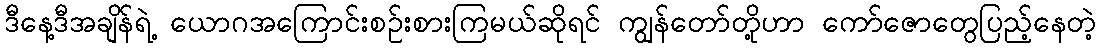
ဒီနေ့ဒီအချိန်ရဲ့ ယောဂအကြောင်းစဉ်းစားကြမယ်ဆိုရင် ကျွန်တော်တို့ဟာ ကော်ဇောတွေပြည့်နေတဲ့